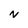
Character: N